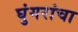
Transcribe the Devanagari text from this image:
घुंगरांचा